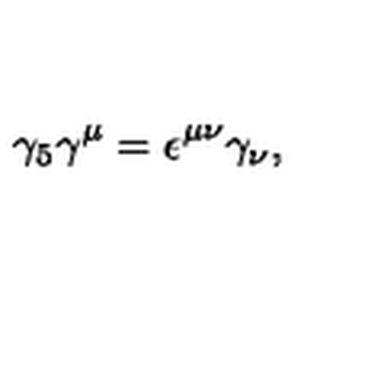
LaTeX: \gamma _ { 5 } \gamma ^ { \mu } = \epsilon ^ { \mu \nu } \gamma _ { \nu } ,